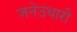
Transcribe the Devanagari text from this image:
जनेउधारी